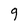
Character: g